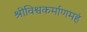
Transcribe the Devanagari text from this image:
श्रीविश्वकर्माणमहं